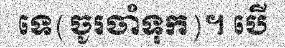
ទេ(ចូរចាំទុក)។ បើ